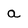
Character: a